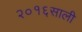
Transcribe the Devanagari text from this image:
२०१६साली